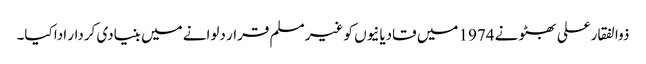
ذوالفقارعلی بھٹو نے 1974 میں قادیانیوں کو غیر مسلم قرار دلوانے میں بنیادی کردار ادا کیا۔